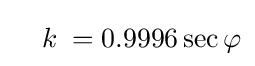
\quad k\;=0.9996\sec \varphi